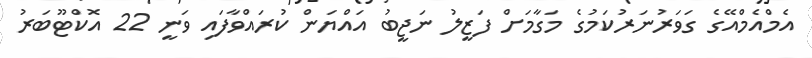
އެމްއެމްއޭގެ ގަވަރުނަރުކަމުގެ މަގާމަށް ފަޒީލު ނަޖީބު އައްޔަން ކުރައްވާފައި ވަނީ 22 އޮކްޓޫބަރު